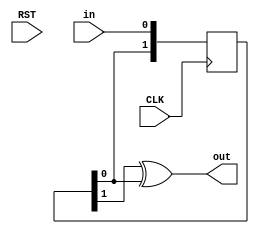
`timescale 1ns / 1ps
//////////////////////////////////////////////////////////////////////////////////
// Company: 
// Engineer: 
// 
// Design Name: 
// Module Name: edge_detect
// Project Name: 
// Target Devices: 
// Tool Versions: 
// Description: 
// 
// Dependencies: 
// 
// Revision:
// Revision 0.01 - File Created
// Additional Comments:
// 
//////////////////////////////////////////////////////////////////////////////////


module edge_detect(CLK, RST, in, out);
    input CLK;
    input RST;
    input in;
    output out;

    reg [1:0] reg_a;
   
    always @(posedge CLK) begin
       reg_a <= {reg_a[0],in};
   end
   
   assign out = reg_a[1] ^ reg_a[0];
endmodule